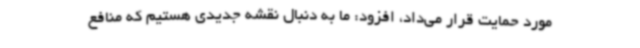
مورد حمایت قرار می‌داد، افزود: ما به دنبال نقشه جدیدی هستیم که منافع